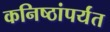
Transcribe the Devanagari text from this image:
कनिष्ठांपर्यंत